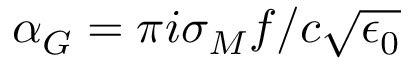
\alpha _ { G } = \pi i \sigma _ { M } f / c \sqrt { \epsilon _ { 0 } }